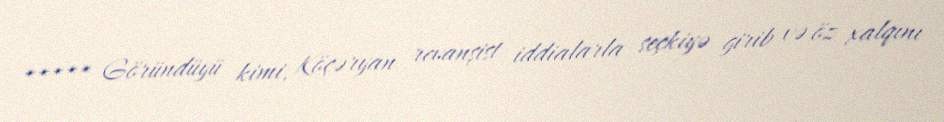
***** Göründüyü kimi, Köçəryan revanşist iddialarla seçkiyə girib və öz xalqını